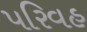
પરિવહ